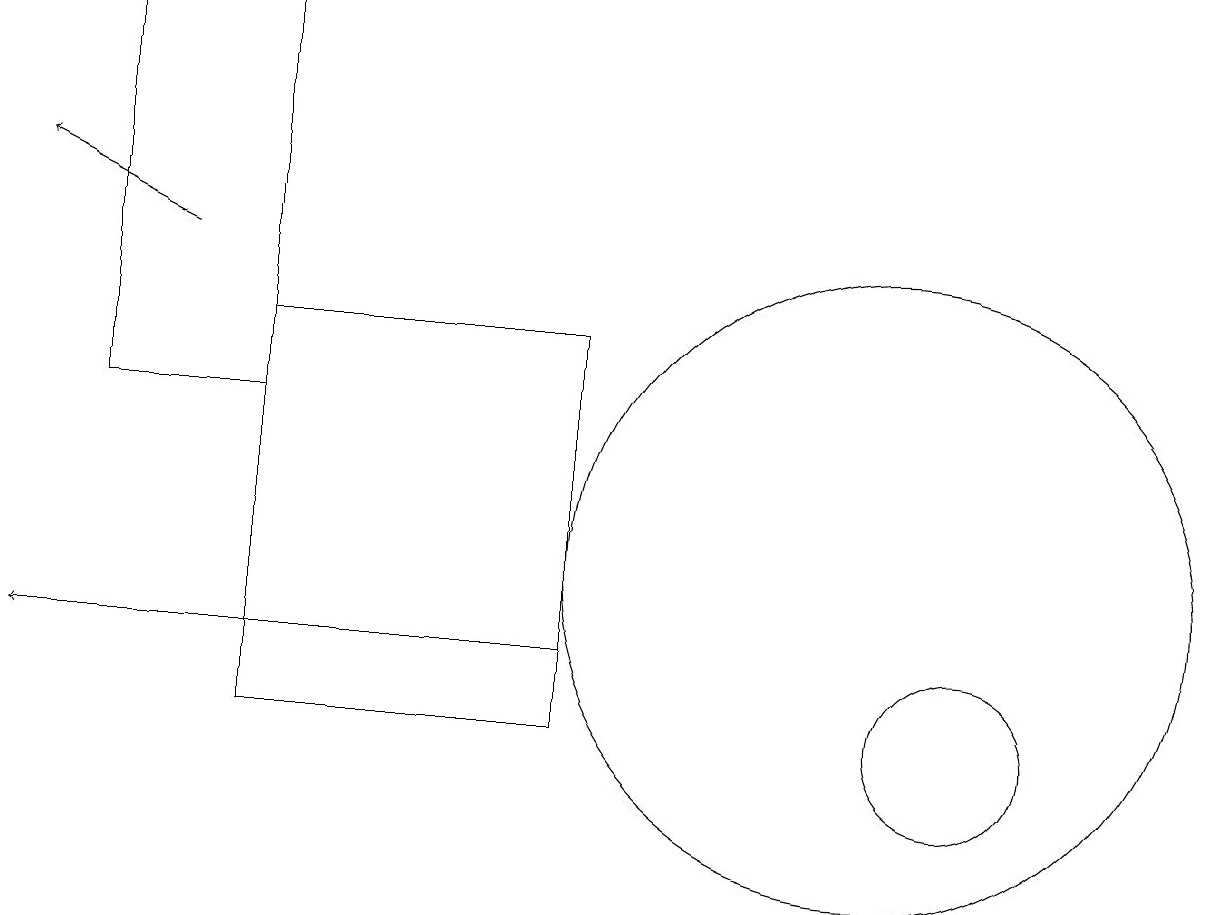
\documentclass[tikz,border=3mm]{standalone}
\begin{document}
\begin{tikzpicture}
\draw[->] (7,11) -- (0,11);
\draw (3,14) rectangle (1,19);
\draw (7,10) rectangle (3,15);
\draw (12,10) circle (1);
\draw[->] (2,16) -- (0,17);
\draw (11,12) circle (4);
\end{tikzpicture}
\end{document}